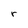
Character: r